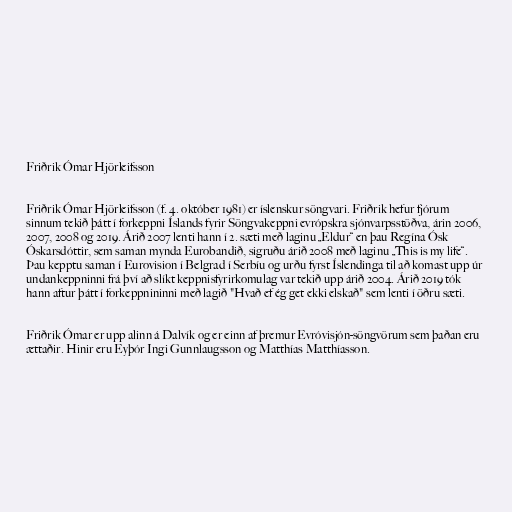
Friðrik Ómar Hjörleifsson

Friðrik Ómar Hjörleifsson (f. 4. október 1981) er íslenskur söngvari. Friðrik hefur fjórum
sinnum tekið þátt í forkeppni Íslands fyrir Söngvakeppni evrópskra sjónvarpsstöðva, árin 2006,
2007, 2008 og 2019. Árið 2007 lenti hann í 2. sæti með laginu „Eldur“ en þau Regína Ósk
Óskarsdóttir, sem saman mynda Eurobandið, sigruðu árið 2008 með laginu „This is my life“.
Þau kepptu saman í Eurovision í Belgrad í Serbíu og urðu fyrst Íslendinga til að komast upp úr
undankeppninni frá því að slíkt keppnisfyrirkomulag var tekið upp árið 2004. Árið 2019 tók
hann aftur þátt í forkeppnininni með lagið "Hvað ef ég get ekki elskað" sem lenti í öðru sæti.

Friðrik Ómar er upp alinn á Dalvík og er einn af þremur Evróvisjón-söngvörum sem þaðan eru
ættaðir. Hinir eru Eyþór Ingi Gunnlaugsson og Matthías Matthíasson.